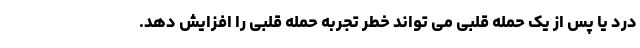
درد یا پس از یک حمله قلبی می تواند خطر تجربه حمله قلبی را افزایش دهد.